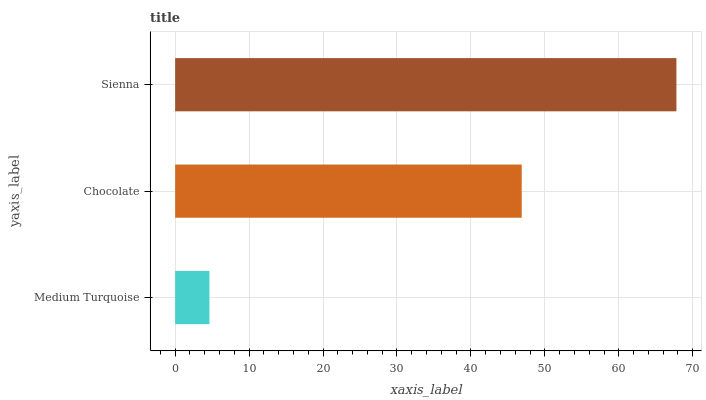
| yaxis_label | bars |
 | --- | --- |
 | Medium Turquoise | 4.64 |
 | Chocolate | 46.9 |
 | Sienna | 67.8 |